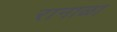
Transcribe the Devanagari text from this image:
रानाळा